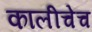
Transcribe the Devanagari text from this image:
कालीचेच